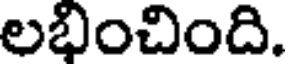
లభించింది.